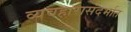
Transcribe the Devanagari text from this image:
व्यवहारासंदर्भात